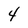
Character: 4